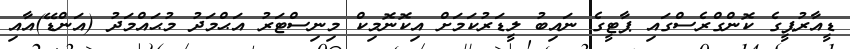
ޑީއާރުޕީގެ ކޮންގްރެސްގައި ޕާޓީގެ ނައިބު ލީޑަރުކަމަށް އިކޮނޮމިކް މިނިސްޓަރު އަޙްމަދު މުޙައްމަދު (އަންޑޭ)އާއި